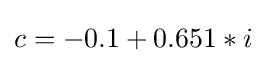
c=-0.1+0.651*i